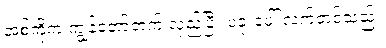
အစ်ကိုက ကျွန်တော့်ဘက် လှည့်ပြီး ပခုံးပေါ် လက်တင်သည်။